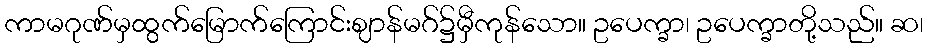
ကာမဂုဏ်မှထွက်မြောက်ကြောင်းဈာန်မဂ်၌မှီကုန်သော။ ဥပေက္ခာ၊ ဥပေက္ခာတို့သည်။ ဆ၊